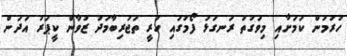
ހުރުމުން ކަމަށާއި މިވަގުތު ރަނގަޅު ފޯމުގައި ހުރީ ތަޖުރިބާމަދު ޒުވާން ކީޕަރު އަދަން